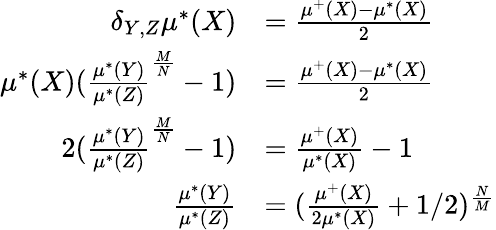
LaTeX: \begin{array}{rl}{\delta_{Y,Z}\mu^{*}(X)}&{=\frac{\mu^{+}(X)-\mu^{*}(X)}{2}}\\ {\mu^{*}(X)(\frac{\mu^{*}(Y)}{\mu^{*}(Z)}^{\frac{M}{N}}-1)}&{=\frac{\mu^{+}(X)-\mu^{*}(X)}{2}}\\ {2(\frac{\mu^{*}(Y)}{\mu^{*}(Z)}^{\frac{M}{N}}-1)}&{=\frac{\mu^{+}(X)}{\mu^{*}(X)}-1}\\ {\frac{\mu^{*}(Y)}{\mu^{*}(Z)}}&{=(\frac{\mu^{+}(X)}{2\mu^{*}(X)}+1/2)^{\frac{N}{M}}}\end{array}